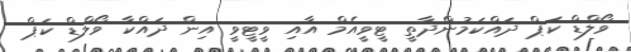
ވޯލްޑް ކަޕް ދައްކަމުންދާތީ ޓީވީއެމް އާއި ވީޓީވީ އިން ދައްކާ ވޯލްޑް ކަޕް